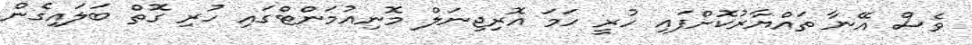
ވެސް އޭނާ ތައްޔާރުކޮށްފައި ހުރީ ހަމަ އޮރިޖިނަލް މޮނިއުމަންޓްގައި ހުރި ގޮތް ބަލައިގެން